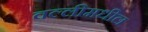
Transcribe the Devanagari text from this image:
वल्लीमधील